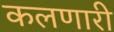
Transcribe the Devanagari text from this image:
कलणारी